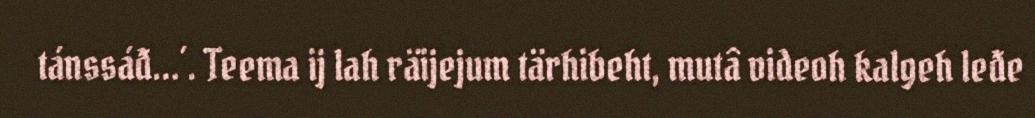
tánssáđ…´. Teema ij lah räijejum tärhibeht, mutâ videoh kalgeh leđe